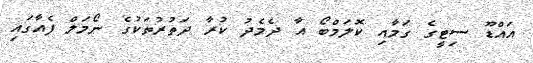
އައްޑޫ ސިޓީގެ ގަމާއި ކޮލަމްބޯ އާ ދެމެދު ކުރާ ދަތުރުތަކުގެ ނޯމަލް ފެއާގައި